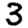
Digit: 3